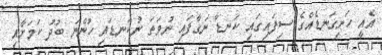
އެއީ ހަށިގަނޑެއްގެ ސިފައިގައި ކަނޑާ ނަގާފައި ނުވަތަ ނުކަނޑައި ހުންނަ ބުދު ކަމަށާއި